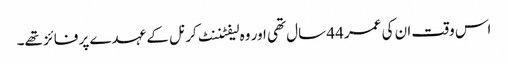
اس وقت ان کی عمر 44 سال تھی اور وہ لیفٹننٹ کرنل کے عہدے پر فائز تھے۔